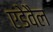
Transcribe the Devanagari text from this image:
एडेवैल